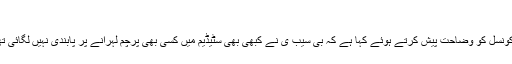
(خبر جاری ہے)
بدھ کے روز طویل باز پرس کے بعد بنگلہ دیش کرکٹ بورڈ نے انٹرنیشنل کرکٹ کونسل کو وضاحت پیش کرتے ہوئے کہا ہے کہ بی سیب ی نے کبھی بھی سٹیڈیم میں کسی بھی پرچم لہرانے پر پابندی نہیں لگائی تھی لیکن جھنڈے کے سائز کے حوالے سے جو پہلے قانون تھا وہ اب بھی لاگو ہوگا۔